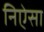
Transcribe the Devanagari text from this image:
निऐसा